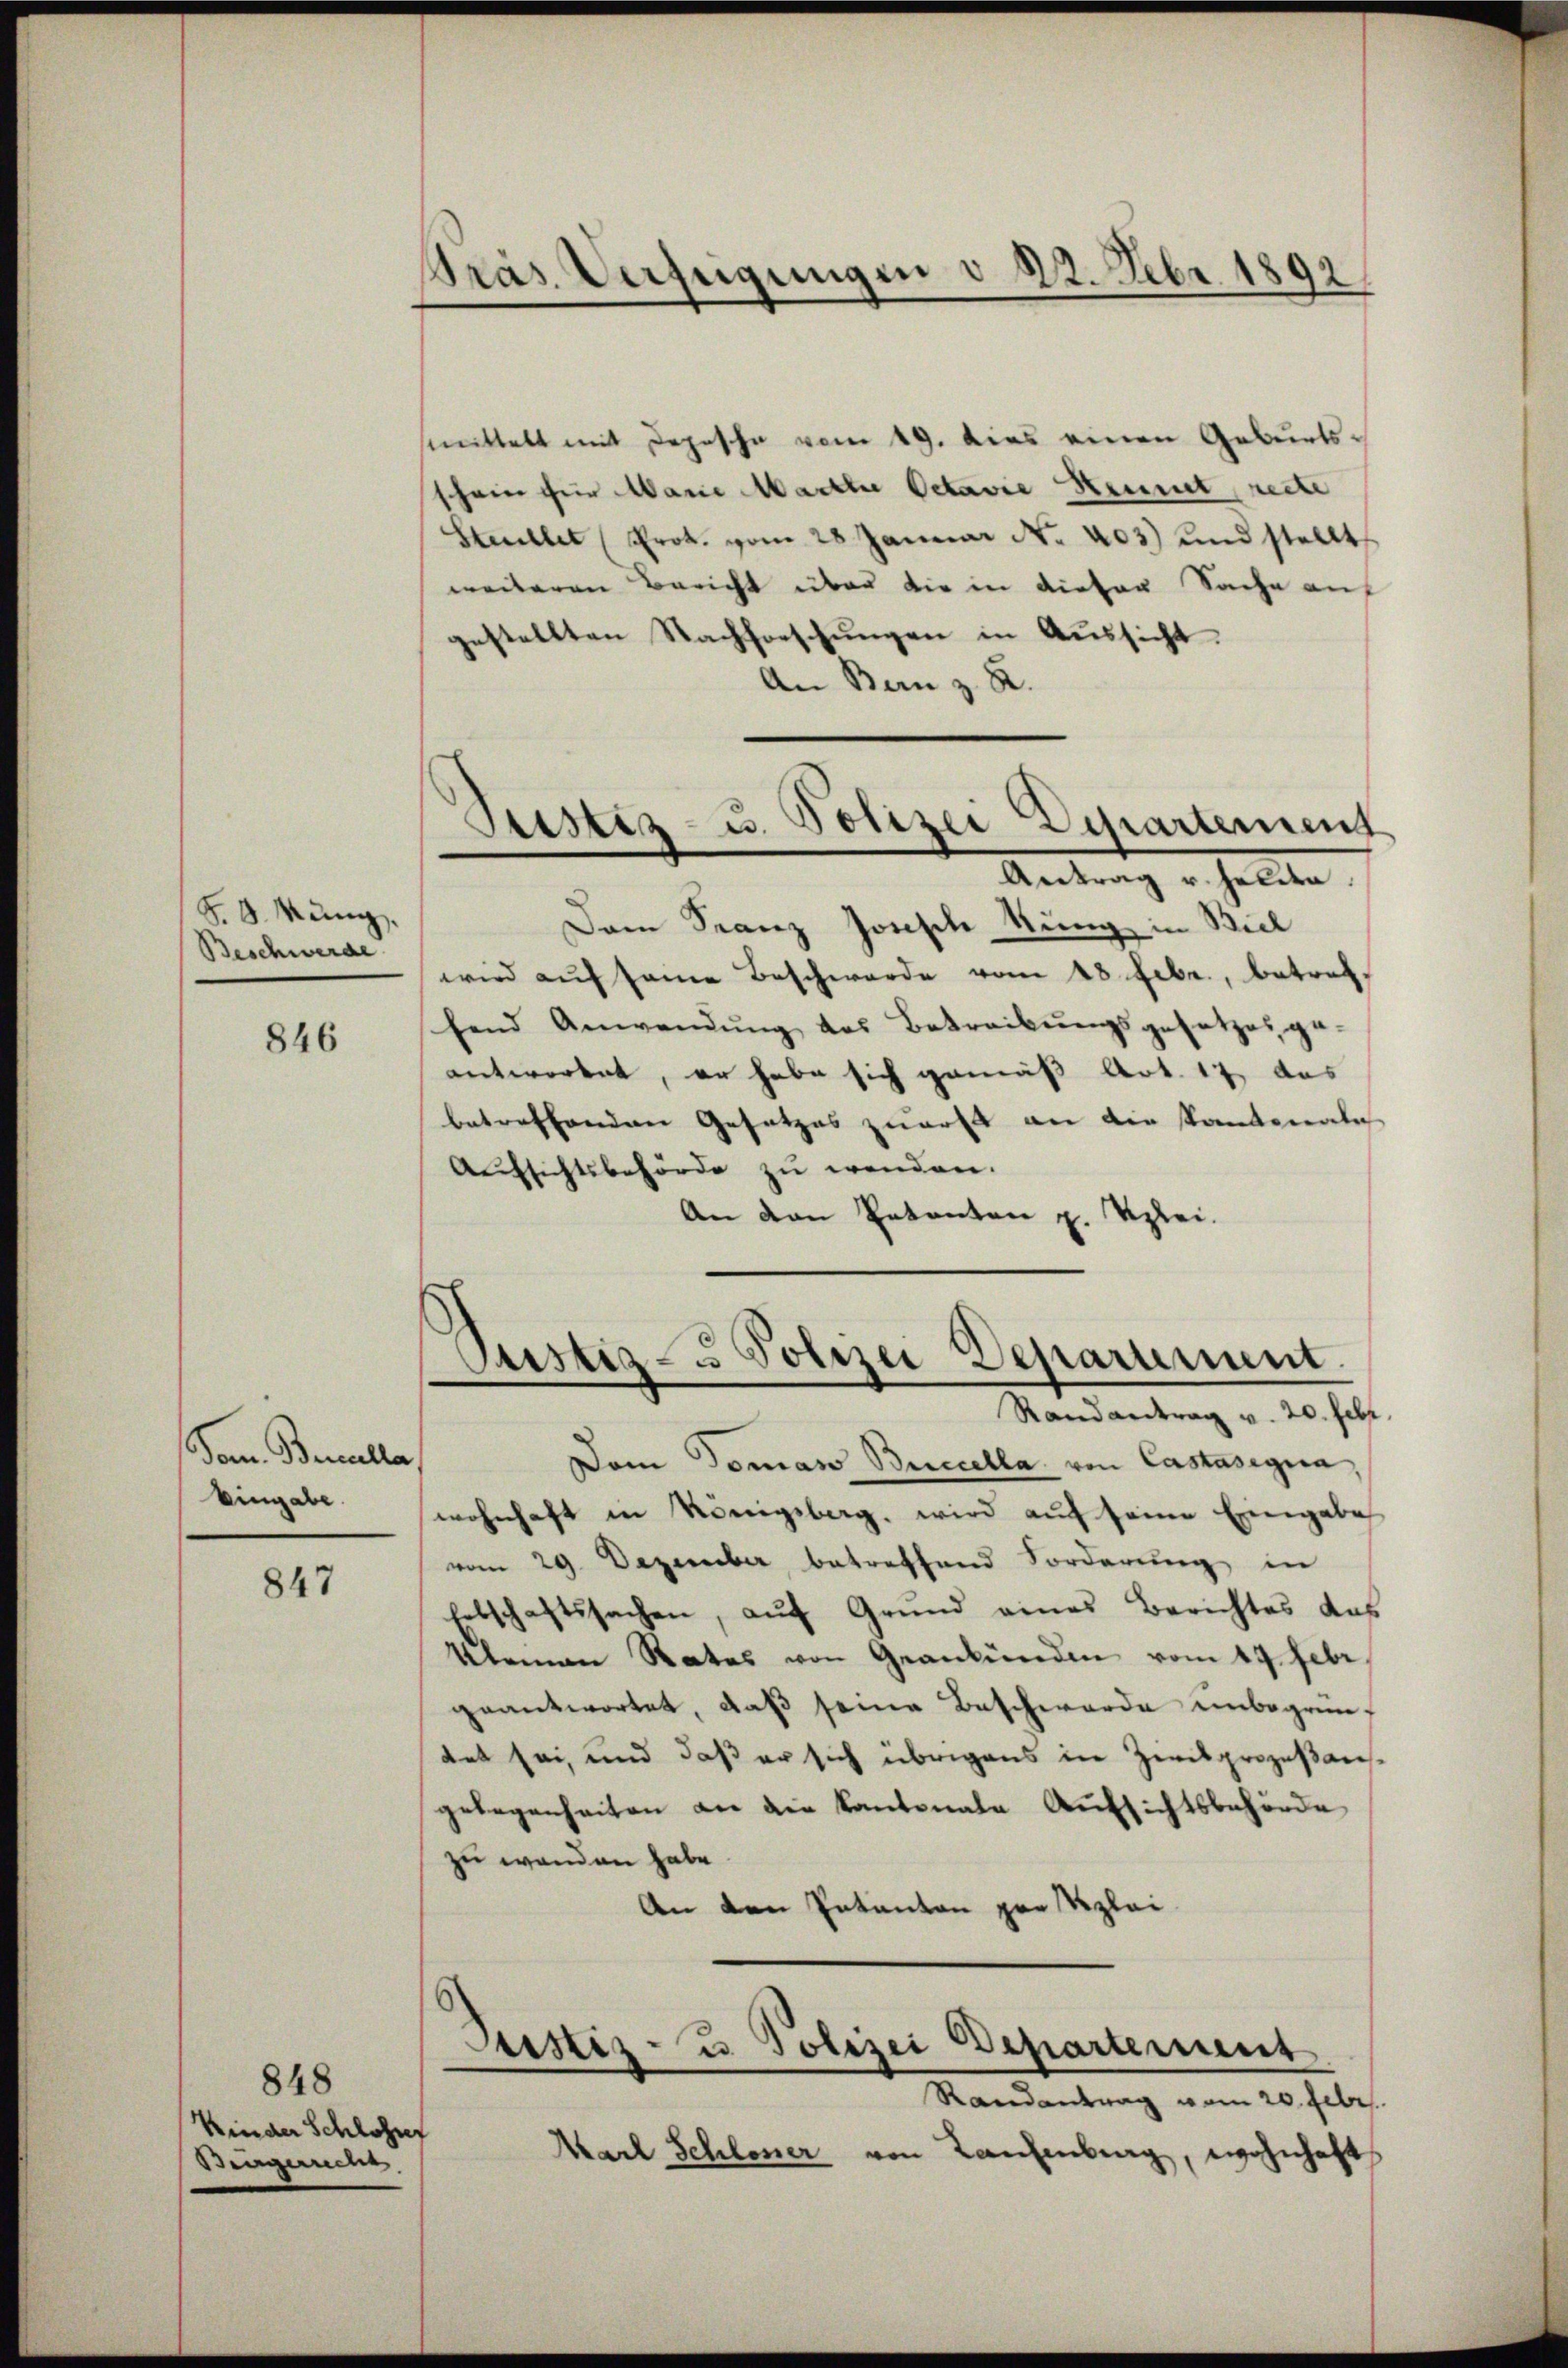
S. 8. Müng
Beschwerde

846

Som. Benculla,
Eingabe.

847

848
Kinder Schlosser
Burgerrecht

Präs. Verfügungen d. 23. Febr. 1892.

Sistiz- u. Polizei Departement
Antrag v. Halita.

Oustiz- u Polizei Deparament.
Randantrag v. 20. Febr.
Dem Tomas Buccella von Castasigna,

mittelt mit Depesche vom 19. dies einen Geburtsschein für Mane Martter Octavie Kennt, recte
Stellet (Prok. vom 28 Januar No. 403) und stellt
weiteren Bericht über die in dieser Sache auf
gestellten Nachforschungen in Aussicht.
An Bern z. B.
Dam Franz Jonsch kung in Biel
wird aŭf seine Beschwerde vom 18. Febr., betreffend Anwendung des Betreibungsgesetzes ge-
antwortet, er habe sich gemäß Art. 17, das
betreffenden Gesetzes zuerst an die Kantonale
Aŭfsichtsbehörde zŭ wenden.
An von Petenten z. Szlei.

wohnhaft in Königsberg. wird auf seine Eingabe
vom 29. Dezember betreffend Forderung in
lebschaftssachen, auf Grund eines Berichtes das
klaman Rates von Geankünden vom 17. Febr.
geantwortet, daβ seine Beschwerde unbegrüntet sei, und daß er sich übrigens in Zivilprozeßausgelegenheiten an die Kantonale Aufsichtsbehörde
zu wenden habe.
An den Inkanton zur Reglei
Justiz- u. Polizei Departement
Randantrag vom 20. Febr.
Karl Schlener von Laufenburg, wohnhaft